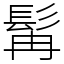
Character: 髯